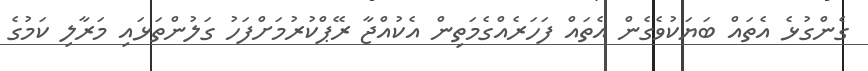
ގެންގުޅެ އެތައް ބަޔަކުވެގެން އެތައް ފަހަރެއްގެމަތިން އެކުއްޖާ ރޭޕްކުރުމަށްފަހު ގަލުންތަޅައި މަރާލި ކަމުގެ